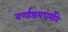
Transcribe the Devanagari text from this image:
वर्णाश्रमधर्माने